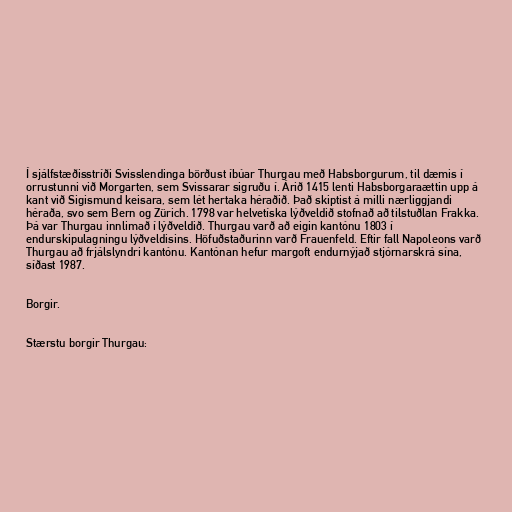
Í sjálfstæðisstríði Svisslendinga börðust íbúar Thurgau með Habsborgurum, til dæmis í
orrustunni við Morgarten, sem Svissarar sigruðu í. Árið 1415 lenti Habsborgaraættin upp á
kant við Sigismund keisara, sem lét hertaka héraðið. Það skiptist á milli nærliggjandi
héraða, svo sem Bern og Zürich. 1798 var helvetíska lýðveldið stofnað að tilstuðlan Frakka.
Þá var Thurgau innlimað í lýðveldið. Thurgau varð að eigin kantónu 1803 í
endurskipulagningu lýðveldisins. Höfuðstaðurinn varð Frauenfeld. Eftir fall Napoleons varð
Thurgau að frjálslyndri kantónu. Kantónan hefur margoft endurnýjað stjórnarskrá sína,
síðast 1987.

Borgir.

Stærstu borgir Thurgau: